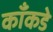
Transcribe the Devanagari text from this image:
काँकडे